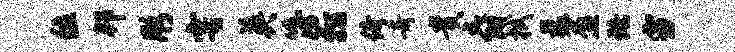
位邦彤雩英簿彷倚奇贵爵拭曩盈珞雪